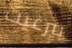
بيرغيت